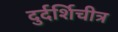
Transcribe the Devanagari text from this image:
दुर्दर्शिचीत्र